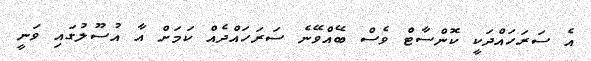
އެ ސަރަހައްދަކީ ކޮންސާޓް ވެސް ބޭއްވޭނެ ސަރަހައްދެއް ކަމަށް އާ އުސޫލުގައި ވަނީ